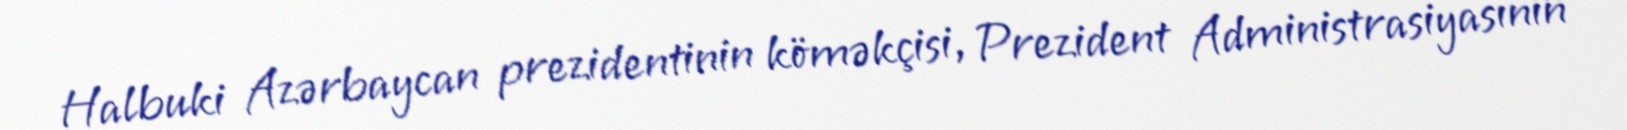
Halbuki Azərbaycan prezidentinin köməkçisi, Prezident Administrasiyasının